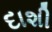
દાશી